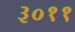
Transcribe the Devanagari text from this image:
३०११